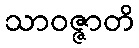
သာဝဇ္ဇာတိ